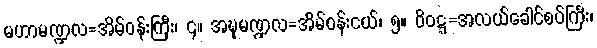
မဟာမဏ္ဍလ=အိမ်ဝန်းကြီး၊ ၄။ အဍ္ဎမဏ္ဍလ=အိမ်ဝန်းငယ်၊ ၅။ ဝိဝဋ္ဋ=အလယ်ခေါင်စပ်ကြီး၊